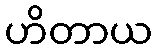
ဟိတာယ